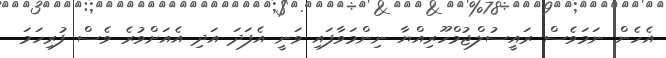
އެހެން ނަމަވެސް ރައީސުލްޖުމްހޫރިއްޔާ ނިންމަވާފައި ވަނީ އެފަދަ އަދި އެއަށްވުރެ ވެސް ފުރިހަމަ